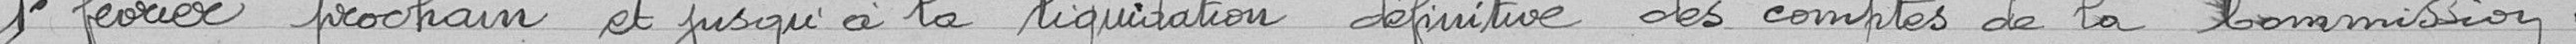
1er février prochain et jusqu'à la liquidation définitive des comptes de la commission.